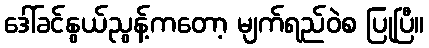
ဒေါ်ခင်နွယ်ညွန့်ကတော့ မျက်ရည်ဝဲစ ပြုပြီ။